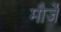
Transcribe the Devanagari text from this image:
मौर्जें